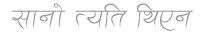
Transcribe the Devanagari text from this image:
सानो त्यति थिएन